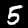
Digit: 5